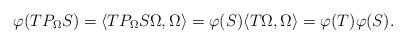
LaTeX: \begin{align*}\varphi(TP_\Omega S) = \langle T P_\Omega S \Omega, \Omega \rangle = \varphi(S) \langle T \Omega, \Omega\rangle = \varphi(T) \varphi(S).\end{align*}